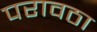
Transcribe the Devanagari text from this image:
परावठा